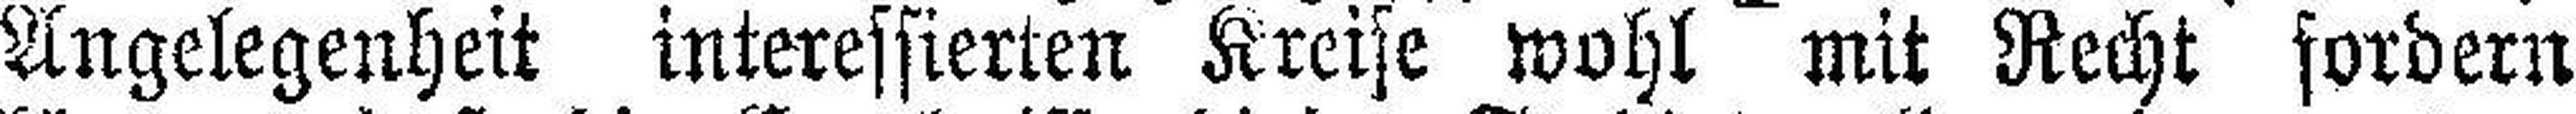
Angelegenheit interessierten Kreise wohl mit Recht fordern